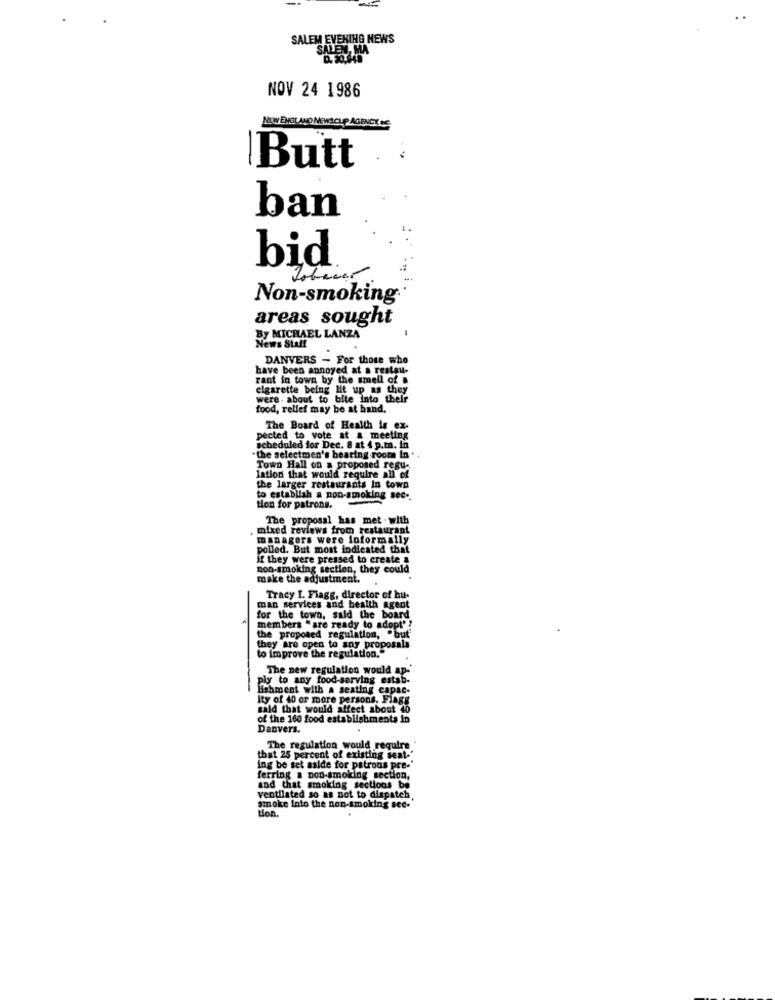
SALEM EVENING NEWS
SALEN, MA
NOV 24 1986
NEW ENGLAND NEWSCUP AGENCY &C.
Butt
ban
bid
Non-smoking
areas sought
By MICHAEL LANZA
News Staff
DANVERS - For those who
have been annoyed at a restau-
rant in town by the smell of a
cigarette being Hit up as they
were. about to bite into their
food, relief may be at hand,
pod, relle
The Board of Health is ex-
pected to vote at a meeting
scheduled for Dec. 8 at 4 p.m. in
-the selectmen's bearing rooms In
ned re
Town Hall on a proposed regu-
lation that would require all of
the larger restaurants In town
to establish a non-smoking sec ..
tion for patrons.
The proposal has met . with
mixed reviews from restaurant
managers were informally
polled. But most indicated that
if they were pressed to create a
non-smoking section, they could
make the adjustment.
man services and health agent
Tracy I. Flagg, director of bu-
for the town, said the board
members "are ready to adopt' ?
the proposed regulation, "but"
they are open to any proposals
to improve the regulation."
The new regulation would ap-'
ly to any food-serving estab-
lishment with a seating capac.
Ity of 40 or more persons. Flags
said that would affect about 40
of the 160 food establishments in
Danvers.
The regulation would require
that 25 percent of existing seat-
ing be set aside for patrons pre-'
ferring a non-smoking section,
and that smoking sections be
ventilated so as not to dispatch
smoke into the non-smoking see-
Hon.